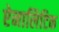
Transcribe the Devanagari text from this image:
ऐनालिटिक